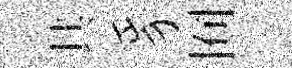
其豸囿